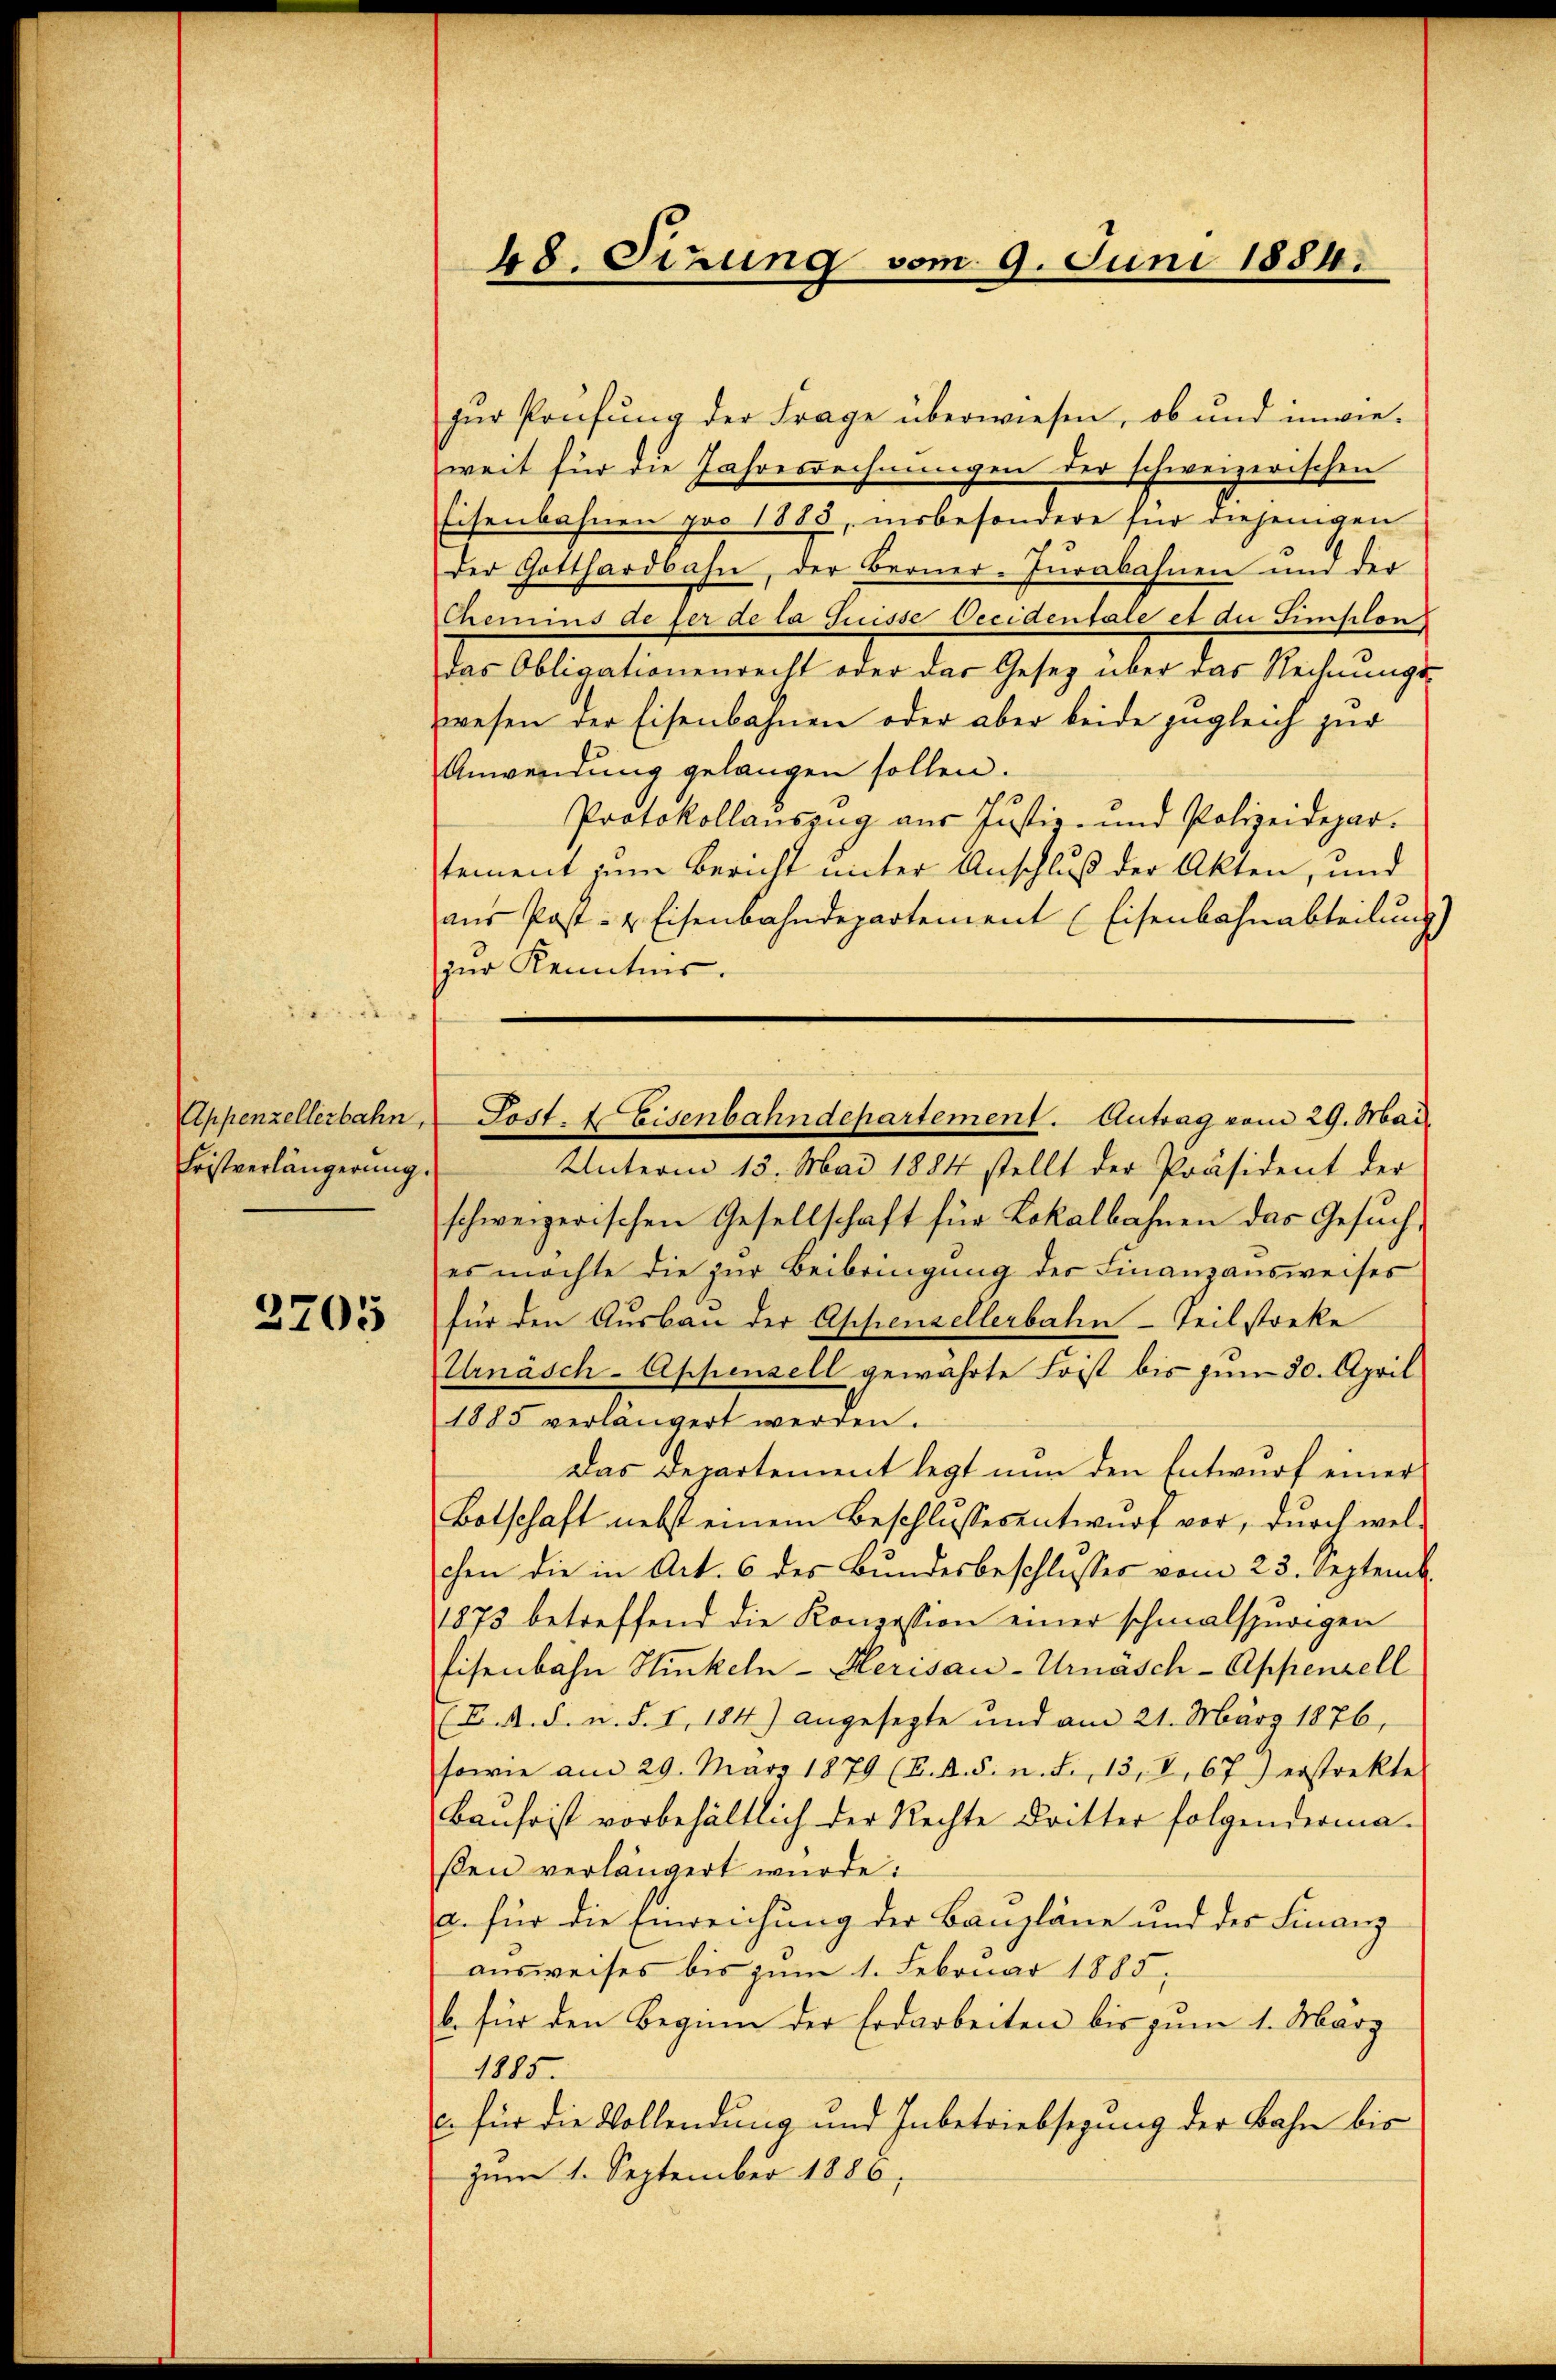
Appenzellerbahn,
Fristverlängerung.

2705

48. Sizung vom 9. Juni 1884.

für Prüfung der Frage überwiesen, ob und inwie-
weit für die Jahresrechnungen der schweizerischen
Eisenbahnen pro 1885, insbesondere für diejenigen
der Gotthardbahn, der Berner-Jurabahnen und der
Chemins de per de la Suisse Occidentale et du Sinckhlen
das Obligationenrecht oder das Gesetz über das Rechnŭngs-
wesen der Eisenbahnen oder aber beide zugleich zur
Anwendung gelangen sollen.
Protokollauszug aus Justiz- und Polizeidepar-
tement zum Bericht unter Anschluß der Akten, und
aus Post- & Eisenbahndepartement (Eisenbahnabteilung)
zur Kenntnis.
Unterm 13. Mai 1884 stellt der Präsident der
schweizerischen Gesellschaft für Lokalbahnen das Gesuch,
es möchte die zur Beibringung der Finanzausweises
für den Ausbau der Appenzellerbahn-Teil starke
Urnäsch-Appenzell gewährte Frist bis zum 30. April
1885 verlängert werden.
Das Departement legt nun den Entwurf einer
Botschaft nebst einem Beschlussesentwurf vor, durch welchen die in Art. 6 des Bundesbeschlusses vom 23. Septemb.
1875 betreffend die Konzession einer schmalspurigen
Eisenbahn Hinkeln-Herisau-Urnäsch-Appenzell
F. A. F. u. S. I, 184) angesezte und am 21. März 1876,
sowie am 29. März 1879 (K. A. S. n. F., 13. V, 67) erstrekte
Bauso ist vorbehältlich der Rechte dritter folgenderma
ßen verlängert wurde:
a. für die Einreichung der Baupläne und der Finanz
ausweises bis zum 1. Februar 1885,
b. für den Beginn der Erdarbeiten bis zum 1. Marz
1885.
E. für die Vollendung und Inbetriebsezung der Bahn bis
zum 1. September 1886,

Lost. I Eisenbahndepartement. Antrag vom 29. Mai